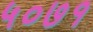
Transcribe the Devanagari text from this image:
५०७१